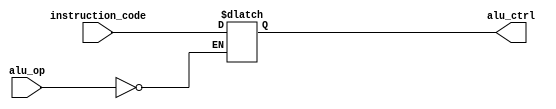
module ALU_control(

	input [5:0] instruction_code,
	input [1:0] alu_op,
	
	output reg [5:0] alu_ctrl

);

	wire [5:0] ins;
	assign ins = instruction_code [5:0];

	always @(instruction_code, alu_op) begin
		if (alu_op == 0) begin //R -Type
			alu_ctrl <= ins;
		end
	end
endmodule